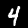
Digit: 4